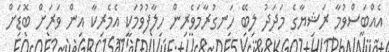
އެއްބަސްވުމާ ރަޝިޔާގެ މަދަދު ލިބޭ ހަނގުރާމަވެރިން ހިލާފުވުމަކީ އެމެރިކާ އިން ވަރަށް ބޮޑަށް